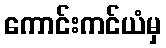
ကောင်းကင်ယံမှ